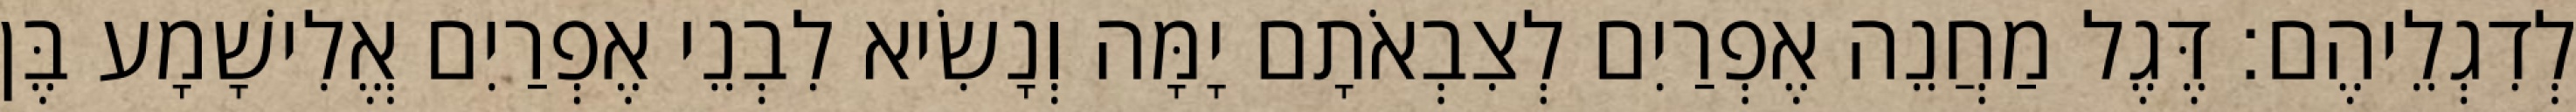
לְדִגְלֵיהֶם׃ דֶּגֶל מַחֲנֵה אֶפְרַיִם לְצִבְאֹתָם יָמָּה וְנָשִׂיא לִבְנֵי אֶפְרַיִם אֱלִישָׁמָע בֶּן